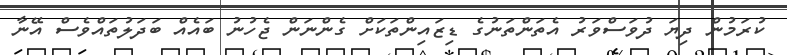
ކުރަމުން ދިޔަ ދުވަސްވަރު އެތަންތަނުގެ ޑިޒައިންތަކަށް ގެންނަން ޖެހުނު ބައެއް ބަދަލުތައްވެސް އޭނާ